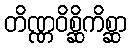
တိဏ္ဏဝိစ္ဆိကိစ္ဆာ